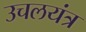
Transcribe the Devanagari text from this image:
उचलयंत्र